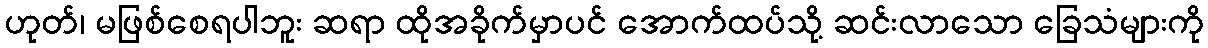
ဟုတ်၊ မဖြစ်စေရပါဘူး ဆရာ ထိုအခိုက်မှာပင် အောက်ထပ်သို့ ဆင်းလာသော ခြေသံများကို